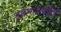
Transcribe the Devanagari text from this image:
शरीरशास्त्रांपैकी